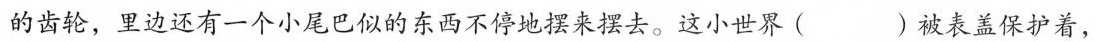
的齿轮，里边还有一个小尾巴似的东西不停地摆来摆去。这小世界()被表盖保护着，